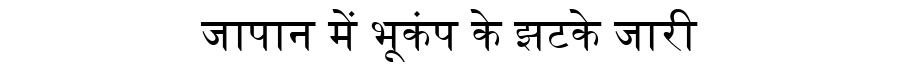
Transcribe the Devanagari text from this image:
जापान में भूकंप के झटके जारी